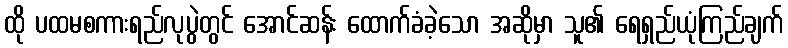
ထို ပထမစကားရည်လုပွဲတွင် အောင်ဆန်း ထောက်ခံခဲ့သော အဆိုမှာ သူ၏ ရေရှည်ယုံကြည်ချက်